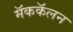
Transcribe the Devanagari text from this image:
मॅककॅलन